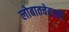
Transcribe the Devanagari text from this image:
लोबातचेवस्की